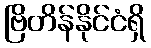
ဗြိတိန်နိုင်ငံရှိ